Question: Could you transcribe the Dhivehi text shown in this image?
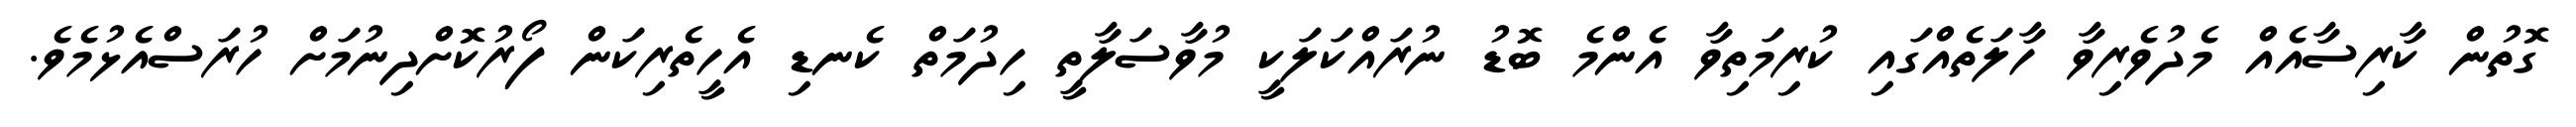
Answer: ގޮތުން ކާރިސާއެއް މެދުވެރިވާ ހާލަތެއްގައި ކުރިމަތިވާ އެންމެ ބޮޑު ނުރައްކަލަކީ މުވާސަލާތީ ހިދުމަތް ކެނޑި އެހީތެރިކަން ފޯރުކޮށްދިނުމަށް ހުރަސްއެޅުމެވެ.